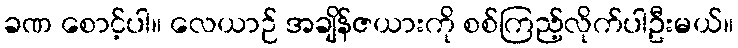
ခဏ စောင့်ပါ။ လေယာဉ် အချိန်ဇယားကို စစ်ကြည့်လိုက်ပါဦးမယ်။